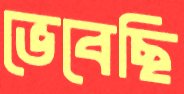
ভেবেছি